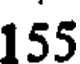
155